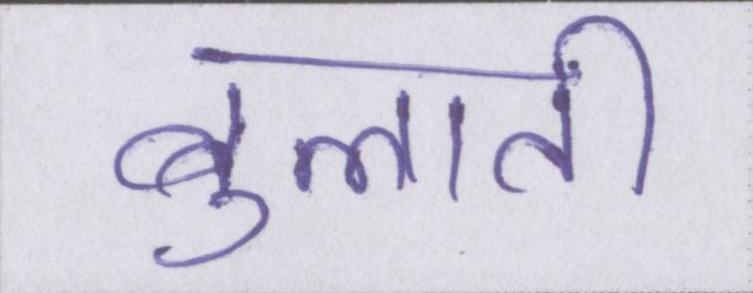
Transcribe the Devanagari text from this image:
बुलाती